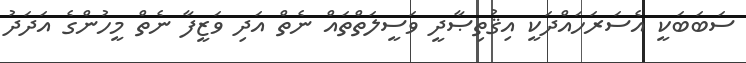
ސަބަބަކީ އެސަރަހައްދަކީ އިޤުތިޞާދީ ވަސީލަތްތައް ނެތް އަދި ވަޒީފާ ނެތް މީހުންގެ އަދަދު